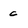
Character: c